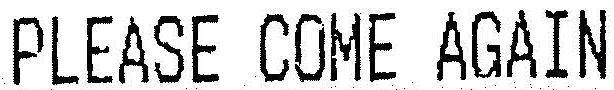
PLEASE COME AGAIN